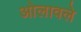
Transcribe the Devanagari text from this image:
ओलावले